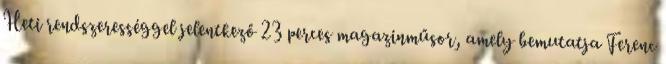
Heti rendszerességgel jelentkező 23 perces magazinműsor, amely bemutatja Ferenc